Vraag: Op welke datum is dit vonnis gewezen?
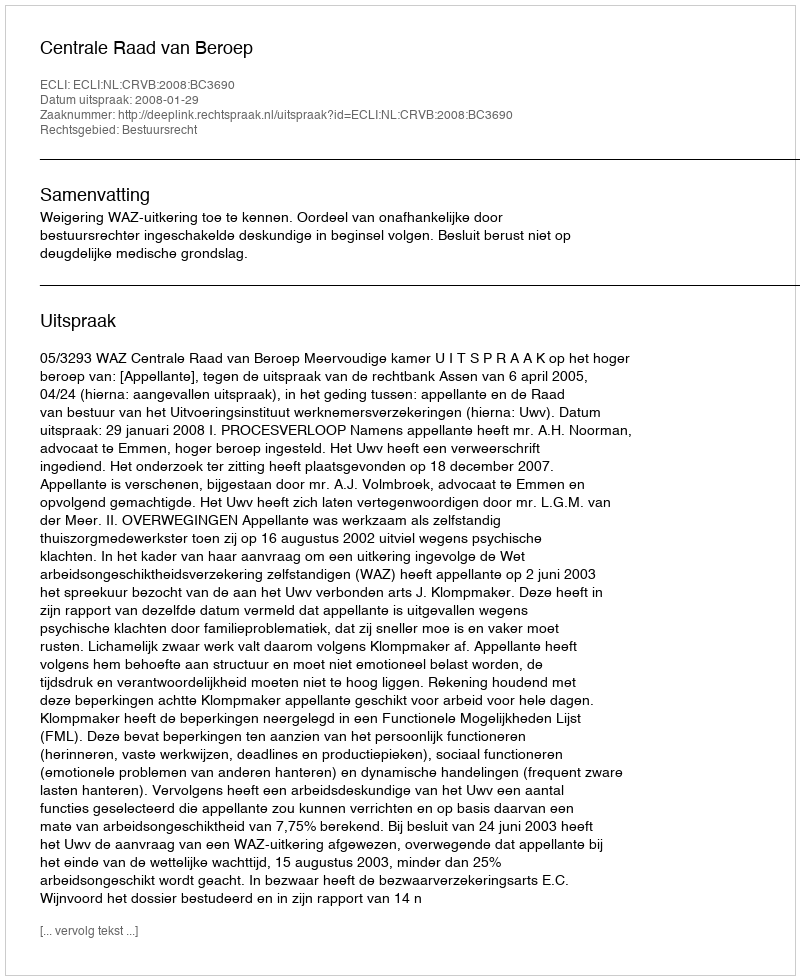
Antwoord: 2008-01-29